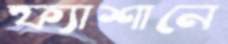
ফ্যাশানে